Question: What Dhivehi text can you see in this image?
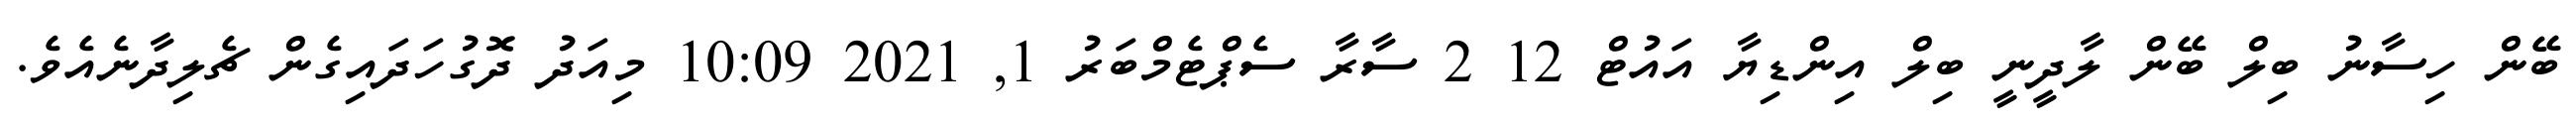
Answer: ބޭން ހިސާނު ބިލް ބޭން ލާދީނީ ބިލް އިންޑިޔާ އައުޓް 12 2 ސާރާ ސެޕްޓެމްބަރު 1, 2021 10:09 މިއަދު ދޮގުހަދައިގެން ޗެލިދާނެއެވެ.